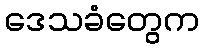
ဒေသခံတွေက